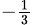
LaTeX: {}_{-{\frac{1}{3}}}